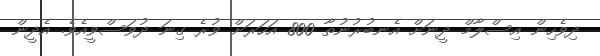
ދިވެހިން އިސްލާމް ދީނަށް އެނބުރުނުތާ 800 އަހަރަށް ވުރެ ގިނަ ދުވަސްވީއެވެ. އެދީން